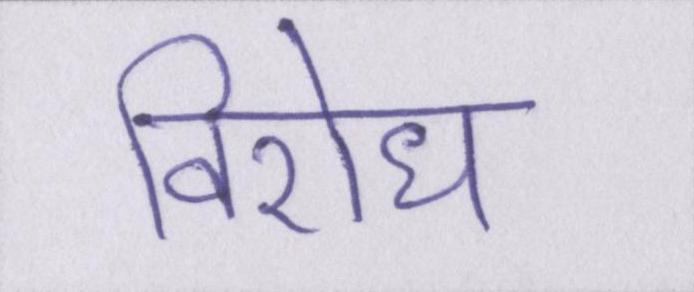
विरोध